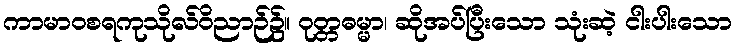
ကာမာဝစရကုသိုလ်ဝိညာဉ်၌။ ဝုတ္တဓမ္မာ၊ ဆိုအပ်ပြီးသော သုံးဆဲ့ ငါးပါးသော